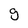
Character: g